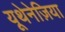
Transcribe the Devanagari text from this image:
यूथेनेज़िया